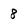
Character: 8